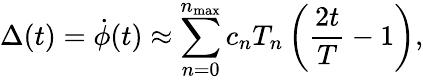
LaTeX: \Delta(t)=\dot{\phi}(t)\approx\sum_{n=0}^{n_{\mathrm{max}}}c_{n}T_{n}\left(\frac{2t}{T}-1\right),